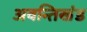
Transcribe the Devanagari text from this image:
अवन्तिखंड